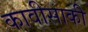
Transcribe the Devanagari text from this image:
कावीसाकी